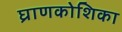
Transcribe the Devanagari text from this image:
घ्राणकोशिका